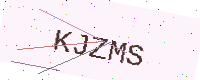
Text: KJZMS